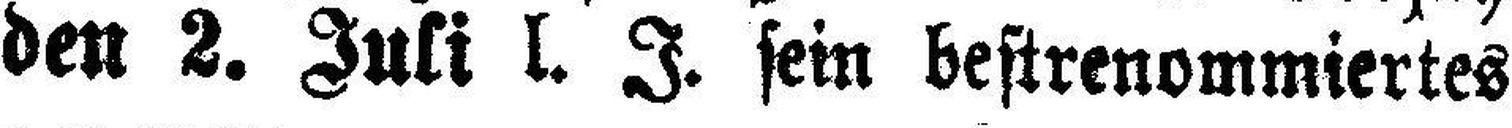
den 2. Juli l. J. sein bestrenommiertes